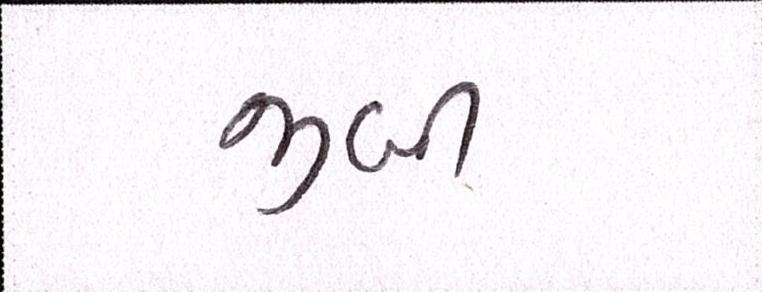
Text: જીબી